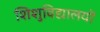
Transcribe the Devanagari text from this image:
शिशुविद्यालयों